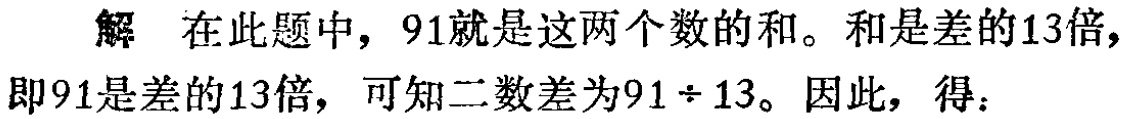
解 在此题中，$91$就是这两个数的和。和是差的$13$倍，即$91$是差的$13$倍，可知二数差为$91\div 13$。因此，得：